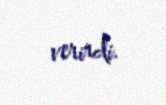
verirdi.